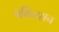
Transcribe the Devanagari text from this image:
पर्किनसन